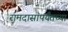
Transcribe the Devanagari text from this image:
रामदासांपर्यंतच्या